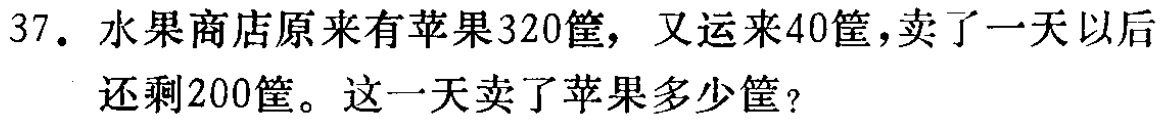
37. 水果商店原来有苹果320筐，又运来40筐，卖了一天以后还剩200筐。这一天卖了苹果多少筐？